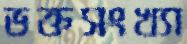
ভক্তসংখ্যা